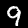
Label: 9